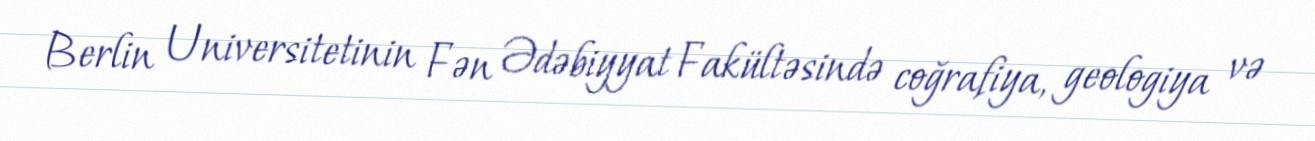
Berlin Universitetinin Fən Ədəbiyyat Fakültəsində coğrafiya, geologiya və